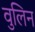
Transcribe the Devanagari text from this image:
वुलिन